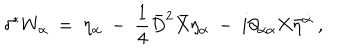
\delta ^ { * } W _ { \alpha } \ = \ \eta _ { \alpha } \ - \ { \frac { 1 } { 4 } } \bar { D } ^ { 2 } \bar { X } \eta _ { \alpha } \ - \ i \partial _ { \alpha \dot { \alpha } } X \bar { \eta } ^ { \dot { \alpha } } \ ,